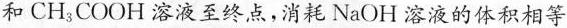
和CH_{3}COOH溶液至终点，消耗NaOH溶液的体积相等